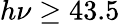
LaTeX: h\nu\geq 43.5